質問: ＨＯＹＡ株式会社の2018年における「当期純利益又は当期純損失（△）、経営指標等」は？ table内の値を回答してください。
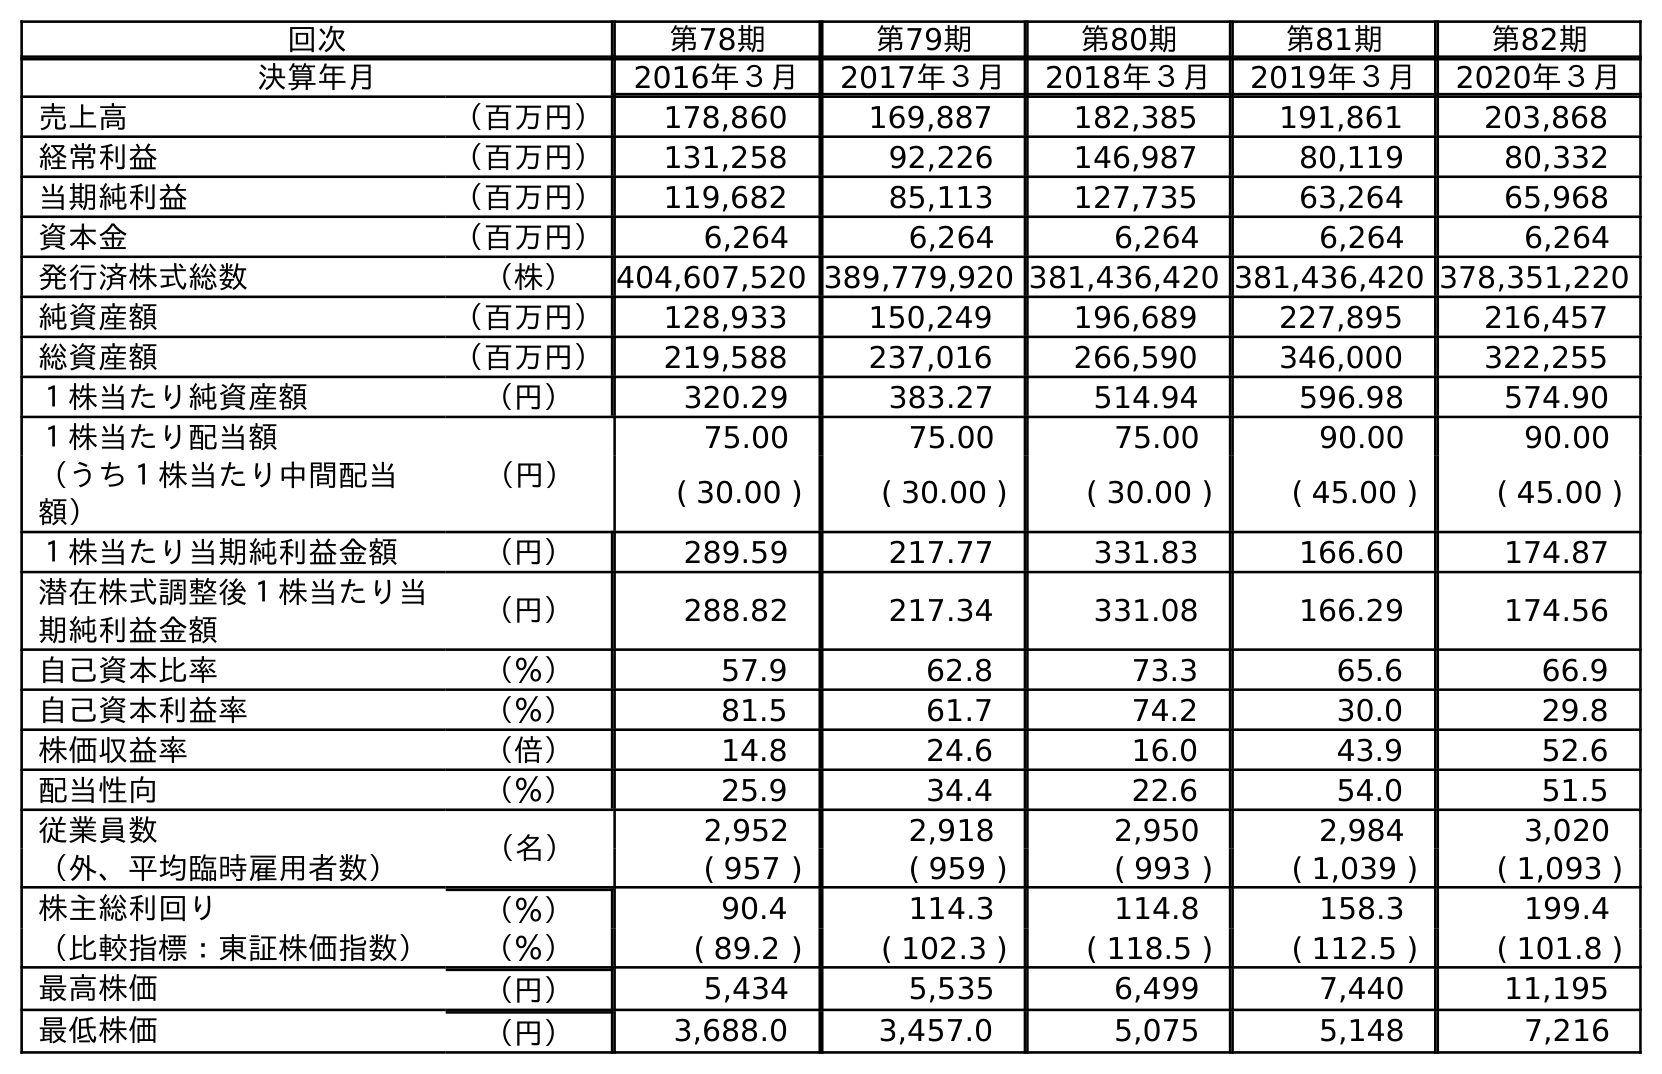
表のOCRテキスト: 回次 第78期 第79期 第80期 第81期 第82期 決算年月 2016年３月 2017年３月 2018年３月 2019年３月 2020年３月 売上高 （百万円） 178,860 169,887 182,385 191,861 203,868 経常利益 （百万円） 131,258 92,226 146,987 80,119 80,332 当期純利益 （百万円） 119,682 85,113 127,735 63,264 65,968 資本金 （百万円） 6,264 6,264 6,264 6,264 6,264 発行済株式総数 （株） 404,607,520 389,779,920 381,436,420 381,436,420 378,351,220 純資産額 （百万円） 128,933 150,249 196,689 227,895 216,457 総資産額 （百万円） 219,588 237,016 266,590 346,000 322,255 １株当たり純資産額 （円） 320.29 383.27 514.94 596.98 574.90 １株当たり配当額 （円） 75.00 75.00 75.00 90.00 90.00 （うち１株当たり中間配当 額） ( 30.00 ) ( 30.00 ) ( 30.00 ) ( 45.00 ) ( 45.00 ) １株当たり当期純利益金額 （円） 289.59 217.77 331.83 166.60 174.87 潜在株式調整後１株当たり当 期純利益金額 （円） 288.82 217.34 331.08 166.29 174.56 自己資本比率 （％） 57.9 62.8 73.3 65.6 66.9 自己資本利益率 （％） 81.5 61.7 74.2 30.0 29.8 株価収益率 （倍） 14.8 24.6 16.0 43.9 52.6 配当性向 （％） 25.9 34.4 22.6 54.0 51.5 従業員数 （名） 2,952 2,918 2,950 2,984 3,020 （外、平均臨時雇用者数） ( 957 ) ( 959 ) ( 993 ) ( 1,039 ) ( 1,093 ) 株主総利回り （％） 90.4 114.3 114.8 158.3 199.4 （比較指標：東証株価指数） （％） ( 89.2 ) ( 102.3 ) ( 118.5 ) ( 112.5 ) ( 101.8 ) 最高株価 （円） 5,434 5,535 6,499 7,440 11,195 最低株価 （円） 3,688.0 3,457.0 5,075 5,148 7,216
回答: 127,735